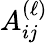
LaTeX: A_{ij}^{(\ell)}